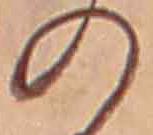
の